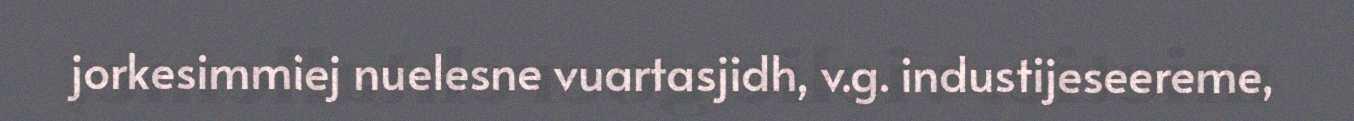
jorkesimmiej nuelesne vuartasjidh, v.g. industijeseereme,